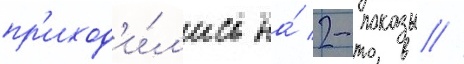
пр'иход'и́л'ись на́ 2-показы //